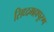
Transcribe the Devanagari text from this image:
सिध्दमहापुरुष